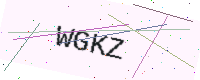
Text: WGKZ